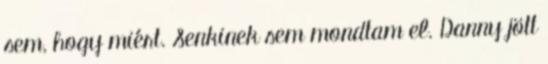
sem, hogy miért. Senkinek sem mondtam el. Danny jött